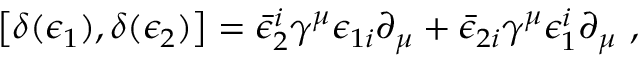
\left[ \delta ( \epsilon _ { 1 } ) , \delta ( \epsilon _ { 2 } ) \right] = \bar { \epsilon } _ { 2 } ^ { i } \gamma ^ { \mu } \epsilon _ { 1 i } \partial _ { \mu } + \bar { \epsilon } _ { 2 i } \gamma ^ { \mu } \epsilon _ { 1 } ^ { i } \partial _ { \mu } \ ,